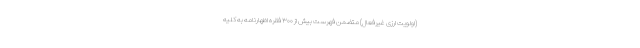
(اولویت ارزی غیرفعال) متضمن فهرست بیش از ۳۰۰ فقره اظهارنامه به کلیه